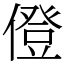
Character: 僜